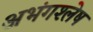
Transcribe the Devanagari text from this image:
अभंगश्लेष